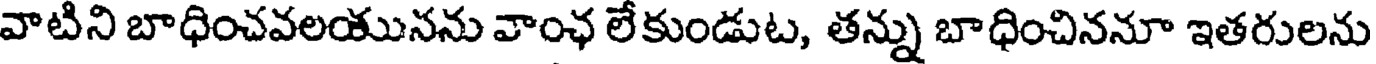
వాటిని బాధించవలయునను వాంఛ లేకుండుట, తన్ను బాధించిననూ ఇతరులను